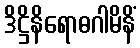
ဒိဋ္ဌိနိရောဓဂါမိနိံ